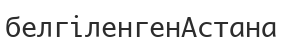
белгіленгенАстана